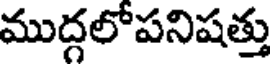
ముద్గలోపనిషత్తు